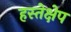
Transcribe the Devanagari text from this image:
हस्तेक्षेप